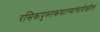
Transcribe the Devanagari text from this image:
रसिकपुस्तकवाल्यांचादेखील